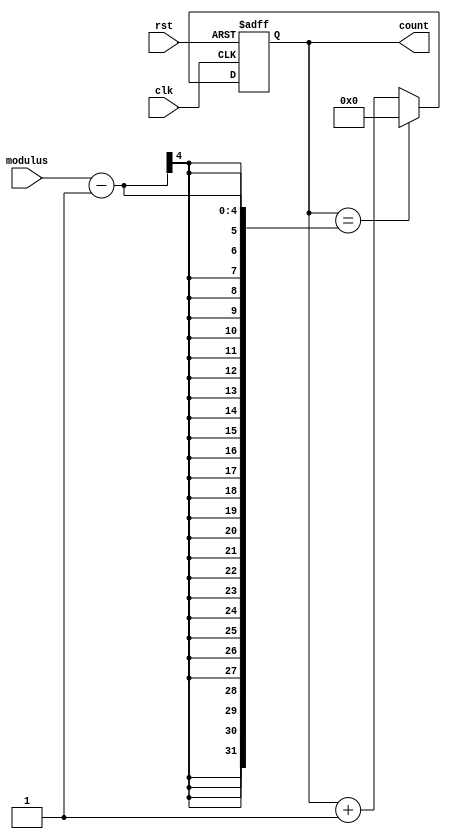
module Modulus_Counter (
    input wire clk,
    input wire rst,
    input wire [3:0] modulus,
    output reg [3:0] count
);

always @(posedge clk or posedge rst) begin
    if(rst)
        count <= 4'b0;
    else if(count == modulus - 1)
        count <= 4'b0;
    else
        count <= count + 1;
end

endmodule